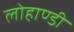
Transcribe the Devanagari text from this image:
लोहाण्डी